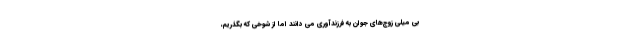
بی میلی زوج‌های جوان به فرزندآوری می دانند اما از شوخی که بگذریم،